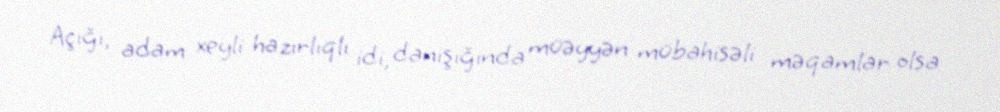
Açığı, adam xeyli hazırlıqlı idi, danışığında müəyyən mübahisəli məqamlar olsa